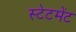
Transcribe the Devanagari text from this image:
स्‍टेटमेंट